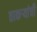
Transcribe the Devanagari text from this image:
ठाकऱ्यांची